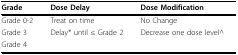
| Grade | Dose Delay | Dose Modification |
 | --- | --- | --- |
 | Grade 0-2 | Treat on time | No Change |
 | Grade 3 | Delay* until ≤ Grade 2 | Decrease one dose level^ |
 | Grade 4 |  |  |